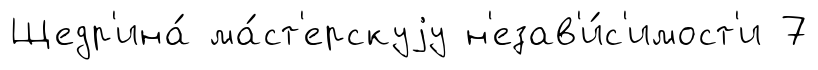
Щедр'ина́ ма́ст'ерскуjу н'езав'и́с'имост'и 7